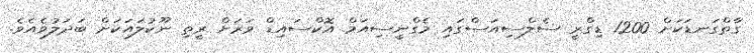
ގާތްގަނޑަކަށް 1200 ޑިގްރީ ސެލްސިއަސްގައި މެގްނީސިއަމް އޮކްސައިޑް ވަރަށް ރީތި ނޫކުލައަކަށް ބަދަލުވެއެވެ.